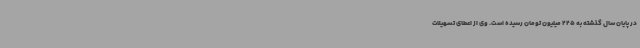
در پایان سال گذشته به 225 میلیون تومان رسیده است. وی از اعطای تسهیلات